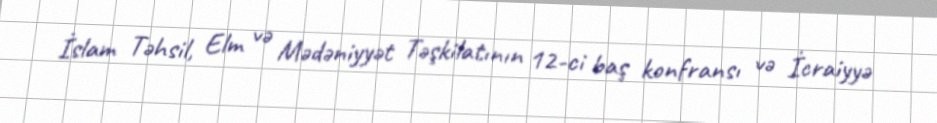
İslam Təhsil, Elm və Mədəniyyət Təşkilatının 12-ci baş konfransı və İcraiyyə